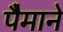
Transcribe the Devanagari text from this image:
पैेमाने